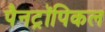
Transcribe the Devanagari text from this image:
पैनट्रॉपिकल